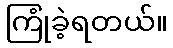
ကြုံခဲ့ရတယ်။